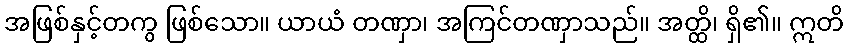
အဖြစ်နှင့်တကွ ဖြစ်သော။ ယာယံ တဏှာ၊ အကြင်တဏှာသည်။ အတ္ထိ၊ ရှိ၏။ ဣတိ